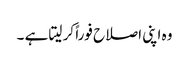
وہ اپنی اصلاح فوراً کر لیتا ہے ۔